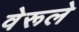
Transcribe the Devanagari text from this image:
वेरूले